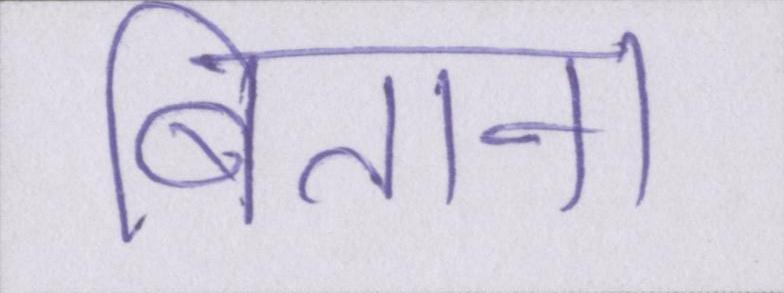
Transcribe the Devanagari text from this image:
बिताना